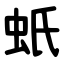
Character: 蚔